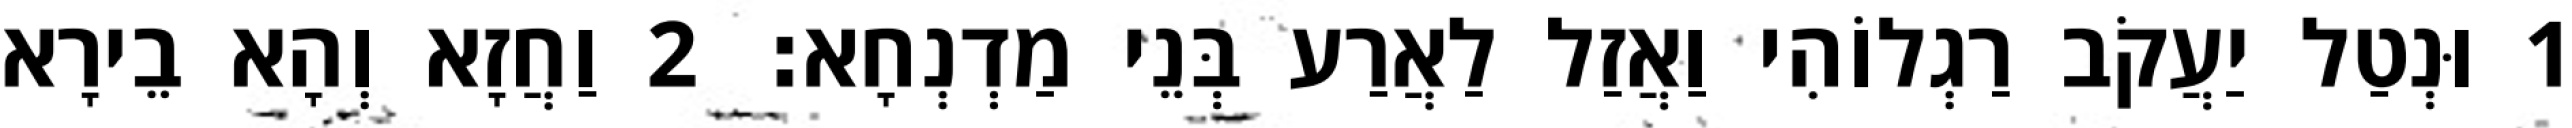
1 וּנְטַל יַעֲקֹב רַגְלוֹהִי וַאֲזַל לַאֲרַע בְּנֵי מַדְנְחָא׃ 2 וַחֲזָא וְהָא בֵירָא